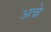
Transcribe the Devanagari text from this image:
अन्ने